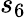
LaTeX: s_{6}